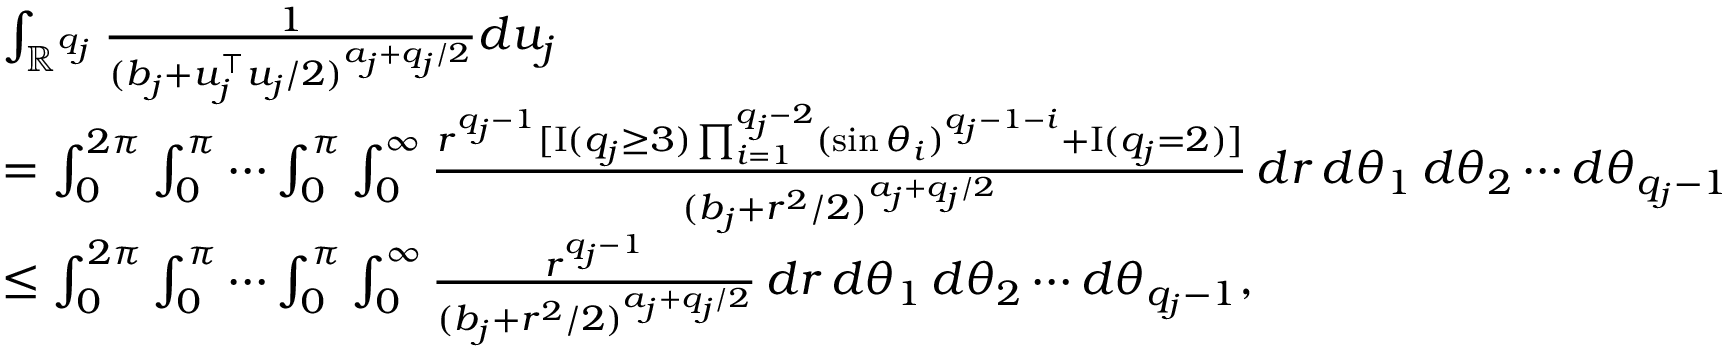
\begin{array} { r l } & { \int _ { \mathbb { R } ^ { q _ { j } } } \frac { 1 } { ( b _ { j } + u _ { j } ^ { \top } u _ { j } / 2 ) ^ { a _ { j } + q _ { j } / 2 } } d u _ { j } } \\ & { = \int _ { 0 } ^ { 2 \pi } \int _ { 0 } ^ { \pi } \cdots \int _ { 0 } ^ { \pi } \int _ { 0 } ^ { \infty } \frac { r ^ { q _ { j } - 1 } [ { \mathrm { I } } ( q _ { j } \ge 3 ) \prod _ { i = 1 } ^ { q _ { j } - 2 } ( \sin \theta _ { i } ) ^ { q _ { j } - 1 - i } + { \mathrm { I } } ( q _ { j } = 2 ) ] } { ( b _ { j } + r ^ { 2 } / 2 ) ^ { a _ { j } + q _ { j } / 2 } } \, d r \, d \theta _ { 1 } \, d \theta _ { 2 } \cdots d \theta _ { q _ { j } - 1 } } \\ & { \le \int _ { 0 } ^ { 2 \pi } \int _ { 0 } ^ { \pi } \cdots \int _ { 0 } ^ { \pi } \int _ { 0 } ^ { \infty } \frac { r ^ { q _ { j } - 1 } } { ( b _ { j } + r ^ { 2 } / 2 ) ^ { a _ { j } + q _ { j } / 2 } } \, d r \, d \theta _ { 1 } \, d \theta _ { 2 } \cdots d \theta _ { q _ { j } - 1 } , } \end{array}